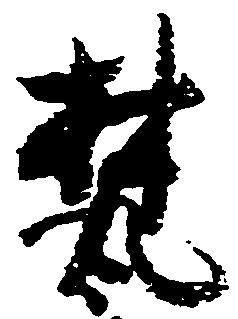
梵